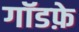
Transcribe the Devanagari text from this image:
गॉडफ़े